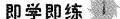
即学即练1